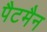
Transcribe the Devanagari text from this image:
पैटमैन